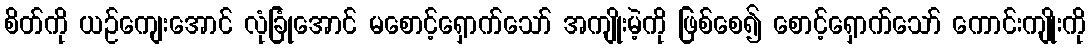
စိတ်ကို ယဉ်ကျေးအောင် လုံခြုံအောင် မစောင့်ရှောက်သော် အကျိုးမဲ့ကို ဖြစ်စေ၍ စောင့်ရှောက်သော် ကောင်းကျိုးကို